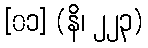
[၀၁] (နိ၊ ၂၂၃)